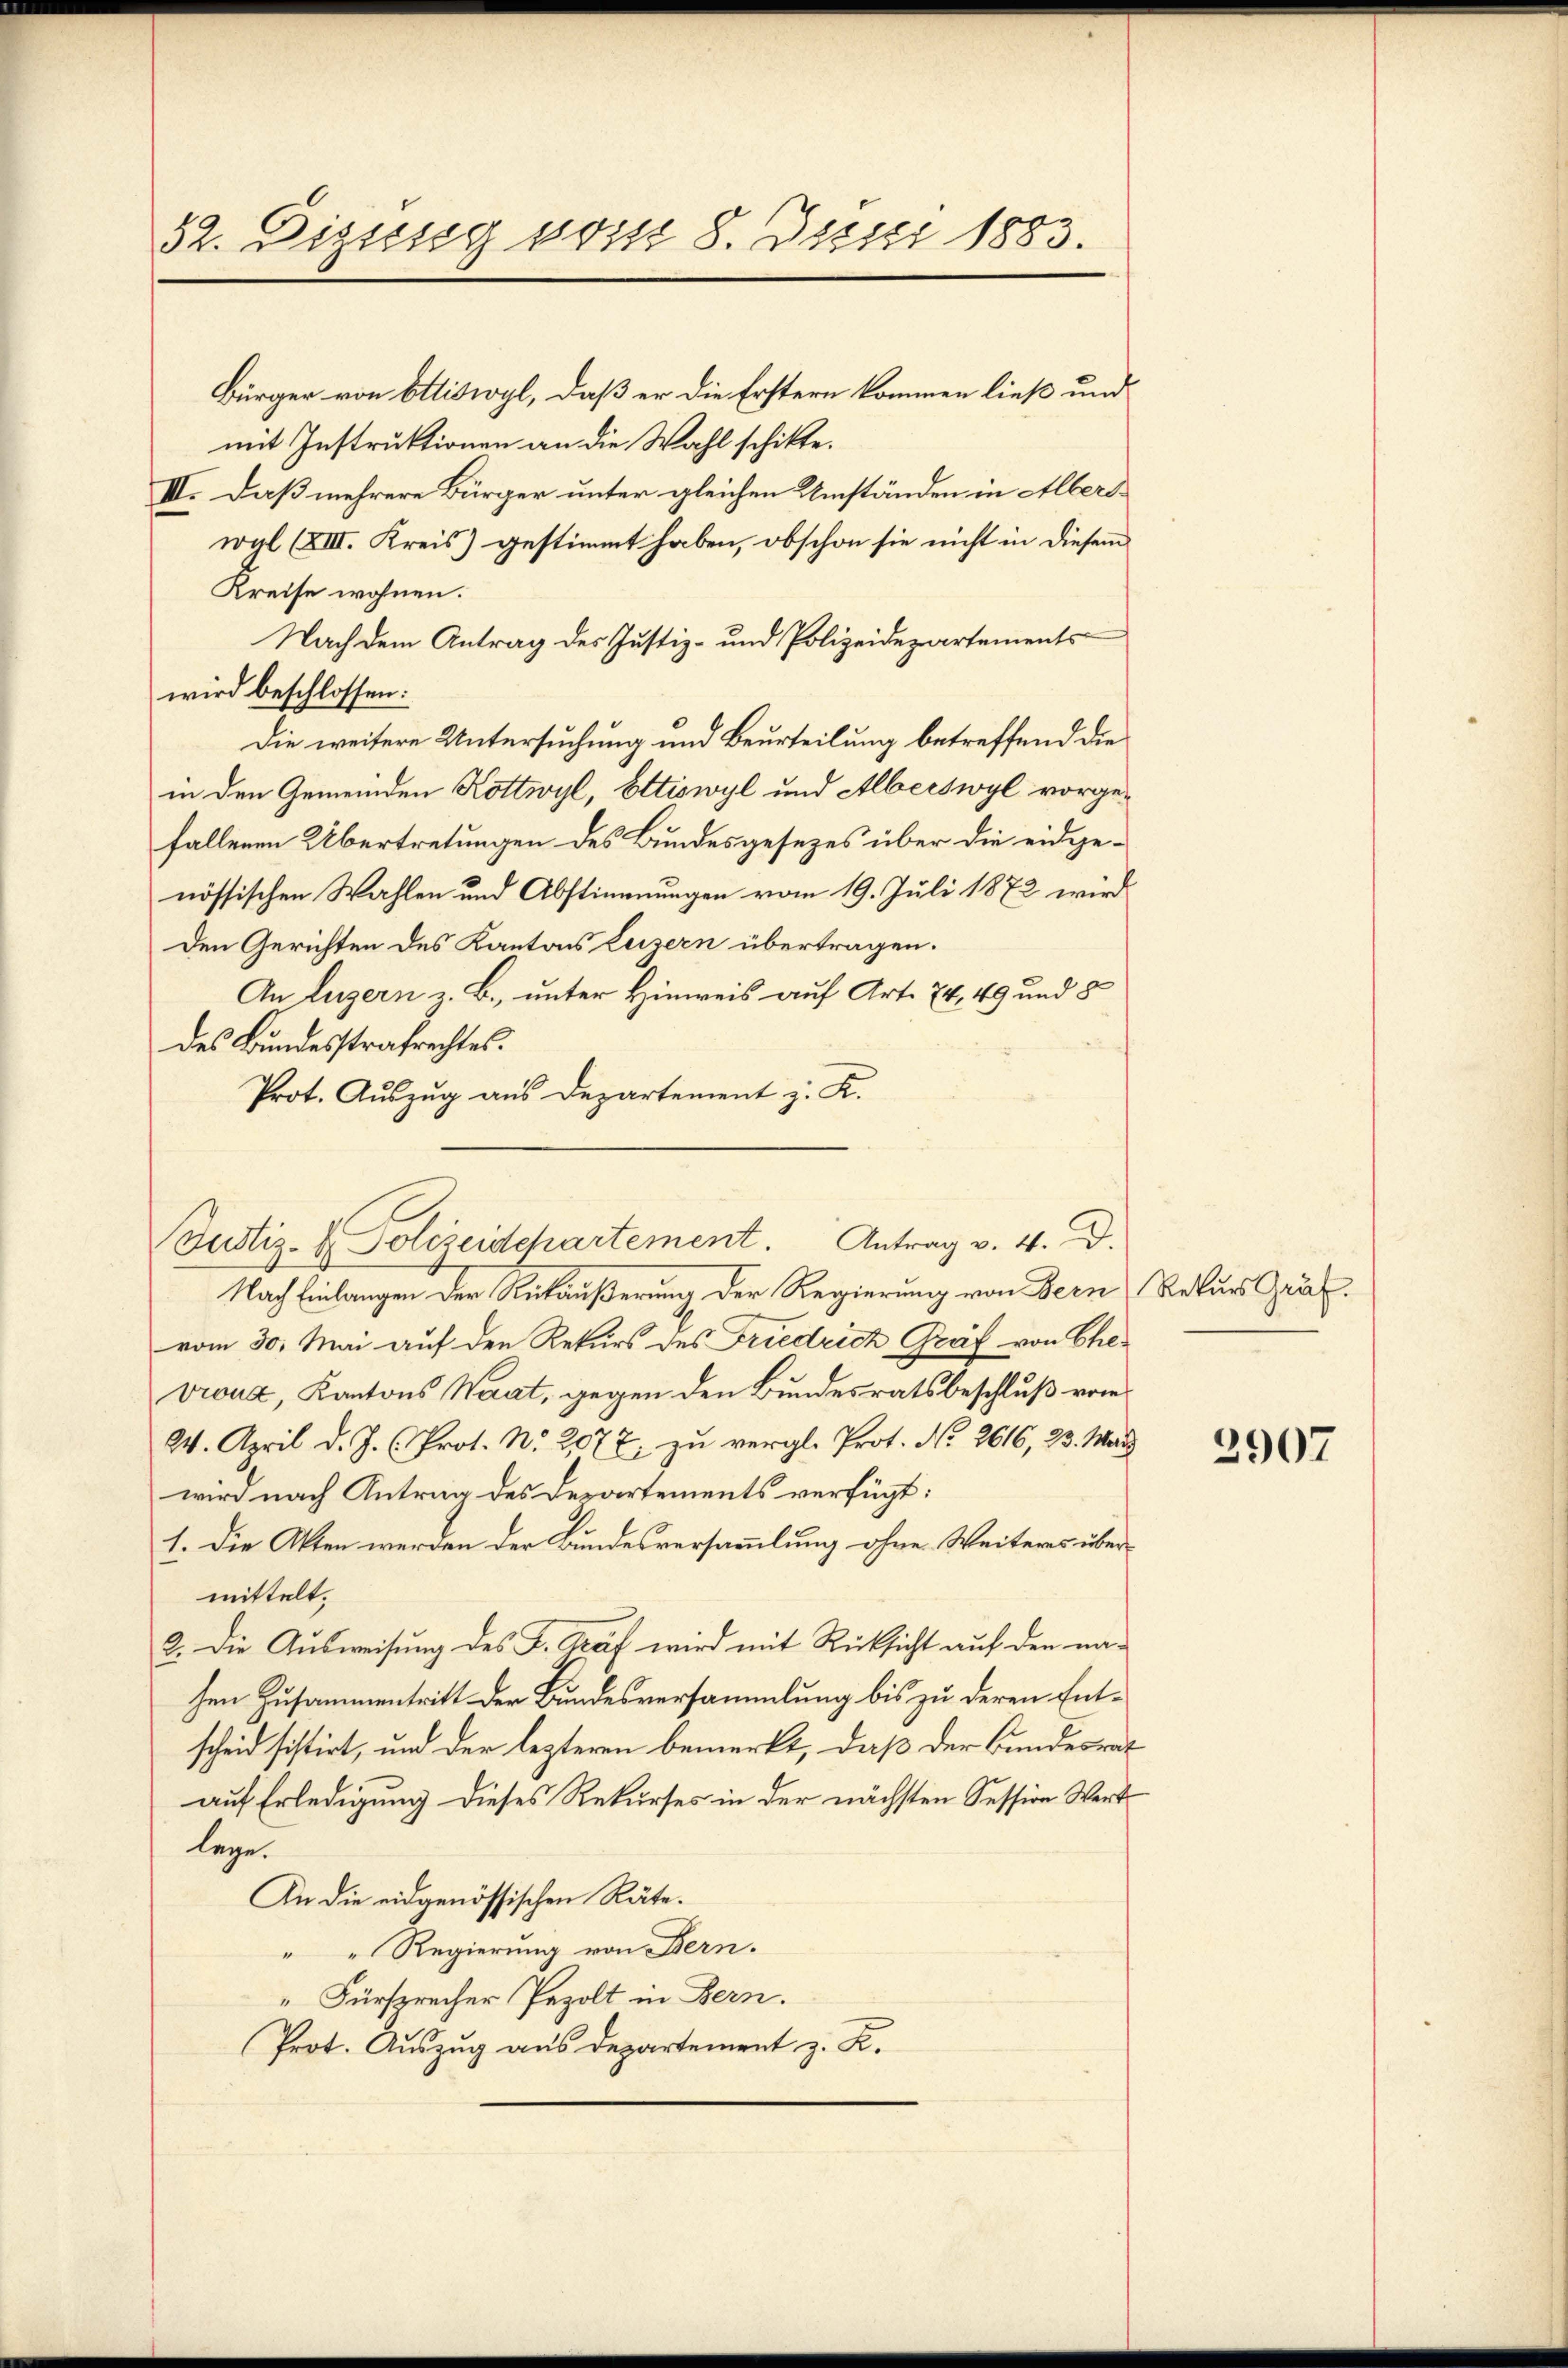
32. Disseseg vom 8. Juni 1883.

Bürger von Ottiswyl, daß er die Erstern kommen ließ und
mit Instruktionen an die Wahl schikte.
III. Daß mehrere Bürger unter gleichen Umständen in Albers
wyl (XIII. Kreis) gestimmt haben, obschon sie nicht in diesem
Kreise wohnen.
Nach dem Antrag des Justiz- und Polizeidepartements
wird beschlossen:
Die weitere Untersuchung und Beurteilung betreffend die
in den Gemeinden Kottwyl, Ettiswyl und Alberswyl vorgefallenen Übertretungen des Bundesgesezes über die eidgenössischen Wahlen und Abstimmungen vom 19. Juli 1872 wird
Den Gerichten des Kantons Luzern übertragen.
An Luzern z. B., unter Hinweis auf Art. 74, 49 und 5
des Bundesstrafrechtes.
Prot. Auszug aus Departement z. K.
Nach Einlangen der Rückäußerung der Regierung von Bern Rekurs Gräfvom 30. Mai auf den Rekurs des Friedrich Graf von Ehe-
vrouz, Kantons Waat, gegen den Bundesratsbeschluß vom
24. April d. J. Prot. N. 2077 zu vergl. Prot. No. 2616, 23. März
wird nach Antrag des Departements verfügt:
1. Die Akten werden der Bundesversammlung ohne Weiteres übermittelt.
2. Die Ausweisung des F. traf wird mit Rücksicht auf den nahen Zusammentritt der Bundesversammlung bis zu deren Entscheid sistirt, und der lezteren bemerkt, daß der Bundesrat
auf Erledigung dieses Rekurses in der nächsten Session Wert
lege.
An die eidgenössischen Räte.
 " Regierung von Bern.
"Fürsprecher Pezolt in Bern.
Prot. Auszug aus Departement z. R.

Justiz- & Polizeidchartement. Antrag v. 4. D.

2907